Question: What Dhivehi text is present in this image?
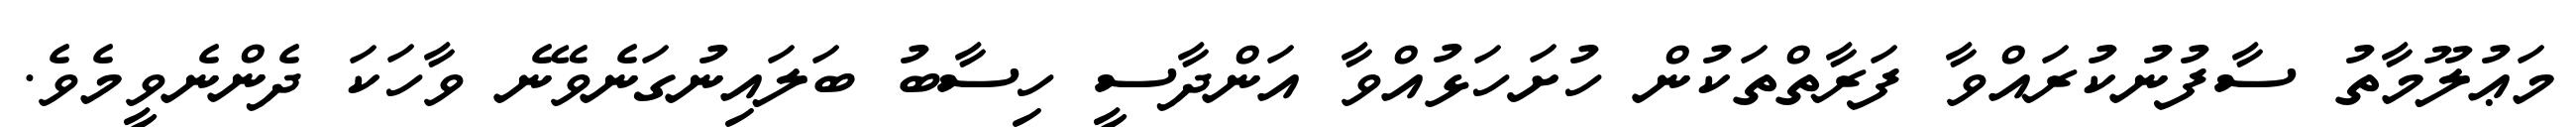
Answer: މަޢުލޫމާތު ސާފުނުކުރައްވާ ފަރާތްތަކުން ހުށަހަޅުއްވާ އަންދާސީ ހިސާބު ބަލައިނުގަނެވޭނެ ވާހަކަ ދެންނެވީމެވެ.